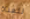
للفتاة